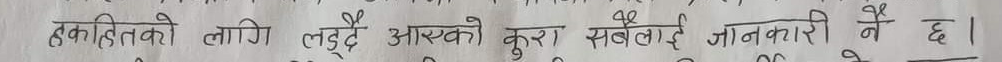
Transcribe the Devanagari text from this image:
हकहितको लागि लड्दै आएको कुरा सबैलाई जानकारी नै छ।